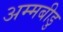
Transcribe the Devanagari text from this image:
अम्मबीडु